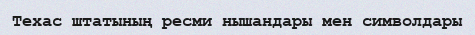
Техас штатының ресми нышандары мен символдары